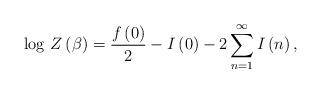
LaTeX: \begin{align*}\log \, Z\left( \beta \right) =\frac{f\left( 0\right) }{2}-I\left( 0\right) -2\sum _{n=1}^{\infty }I\left( n\right) ,\end{align*}